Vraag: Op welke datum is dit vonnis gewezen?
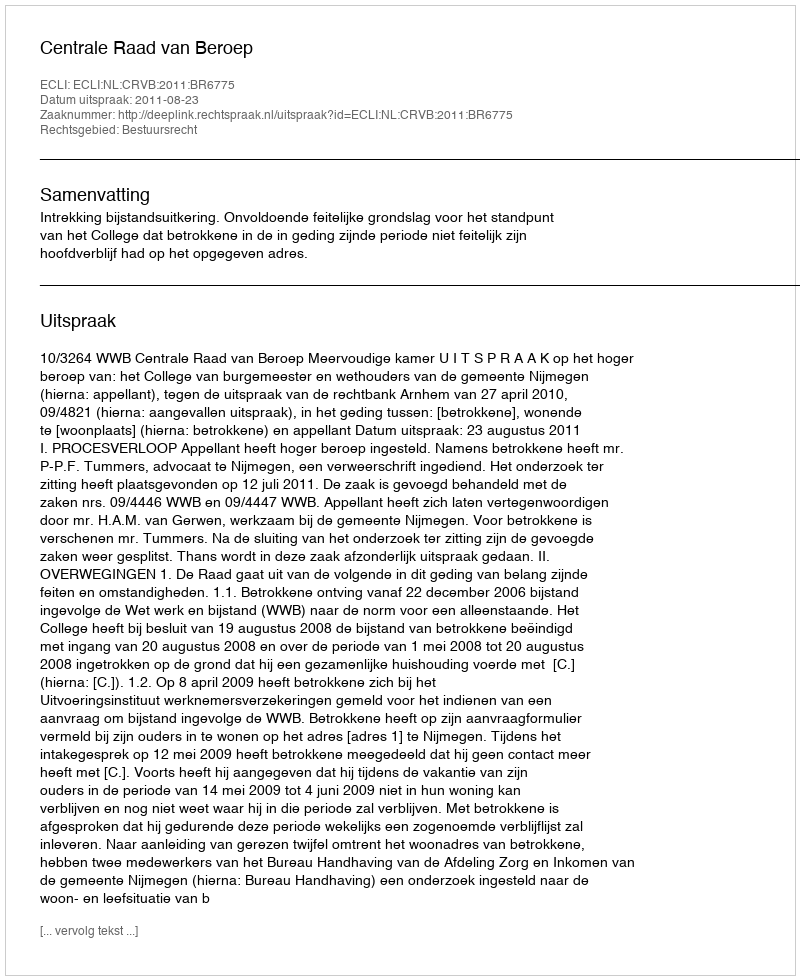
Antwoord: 2011-08-23